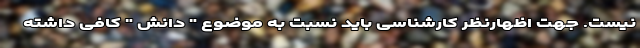
نیست. جهت اظهارنظر کارشناسی باید نسبت به موضوع " دانش " کافی داشته